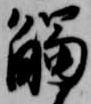
触